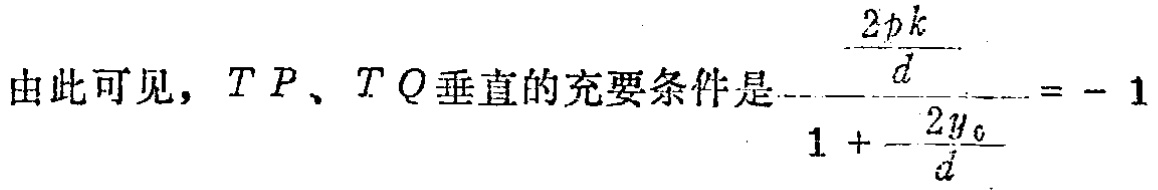
由此可见，$TP$、$TQ$垂直的充要条件是$\dfrac{\dfrac{2pk}{d}}{1 + \dfrac{2y_{0}}{d}} = - 1$